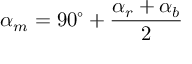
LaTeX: \alpha _ { m } = 9 0 ^ { \circ } + { \frac { \alpha _ { r } + \alpha _ { b } } { 2 } }